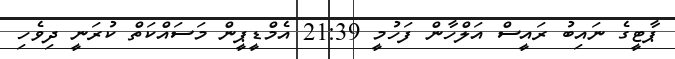
ޕާޓީގެ ނައިބު ރައީސް އަލްހާން ފަހުމީ 21:39 އެމްޑީޕީން މަސައްކަތް ކުރަނީ ދިވެހި